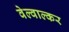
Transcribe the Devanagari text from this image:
वेल्वाल्कर